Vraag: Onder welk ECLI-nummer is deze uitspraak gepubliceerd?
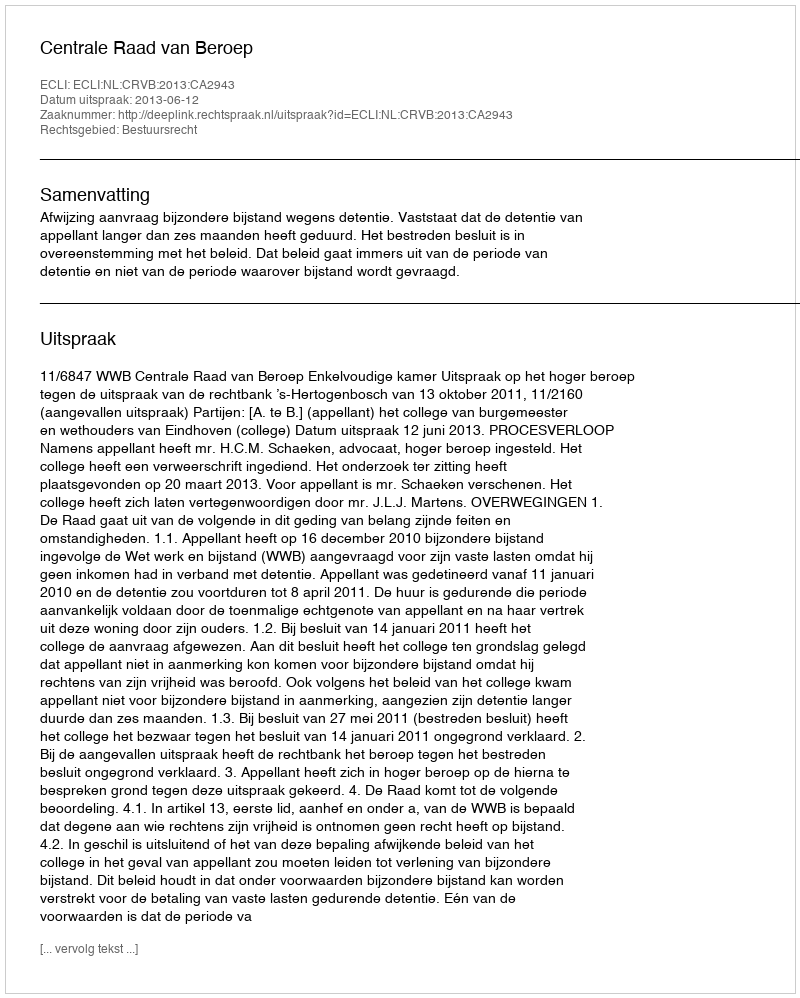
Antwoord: ECLI:NL:CRVB:2013:CA2943